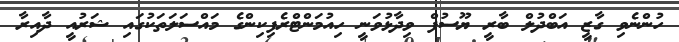
ހުންނެވި ގާޒީ އަބްދުލް ބާރީ ޔޫސުފް ވިދާޅުވަނީ ހިއުމަންޓްރެފިކިންގެ މައްސަލަތަކުގައި ޝަރުއީ ދާއިރާ